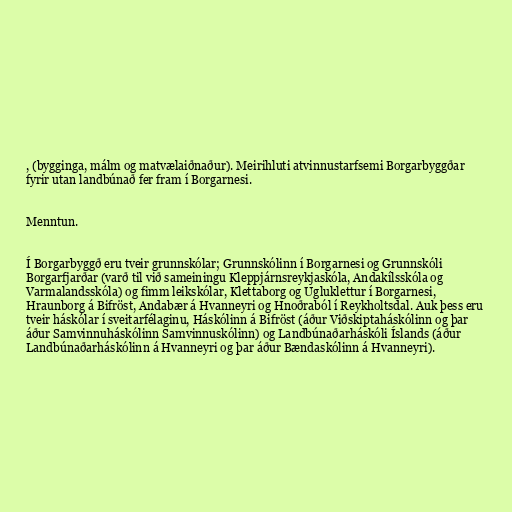
, (bygginga, málm og matvælaiðnaður). Meirihluti atvinnustarfsemi Borgarbyggðar
fyrir utan landbúnað fer fram í Borgarnesi.

Menntun.

Í Borgarbyggð eru tveir grunnskólar; Grunnskólinn í Borgarnesi og Grunnskóli
Borgarfjarðar (varð til við sameiningu Kleppjárnsreykjaskóla, Andakílsskóla og
Varmalandsskóla) og fimm leikskólar, Klettaborg og Ugluklettur í Borgarnesi,
Hraunborg á Bifröst, Andabær á Hvanneyri og Hnoðraból í Reykholtsdal. Auk þess eru
tveir háskólar í sveitarfélaginu, Háskólinn á Bifröst (áður Viðskiptaháskólinn og þar
áður Samvinnuháskólinn Samvinnuskólinn) og Landbúnaðarháskóli Íslands (áður
Landbúnaðarháskólinn á Hvanneyri og þar áður Bændaskólinn á Hvanneyri).